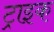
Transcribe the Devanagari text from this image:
ट्राइक